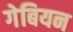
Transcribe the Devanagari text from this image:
गेबियन